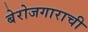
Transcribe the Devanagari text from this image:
बेरोजगाराची